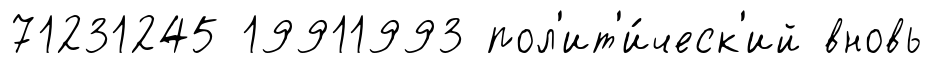
71231245 19911993 пол'ит'и́ческ'ий вновь